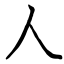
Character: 人